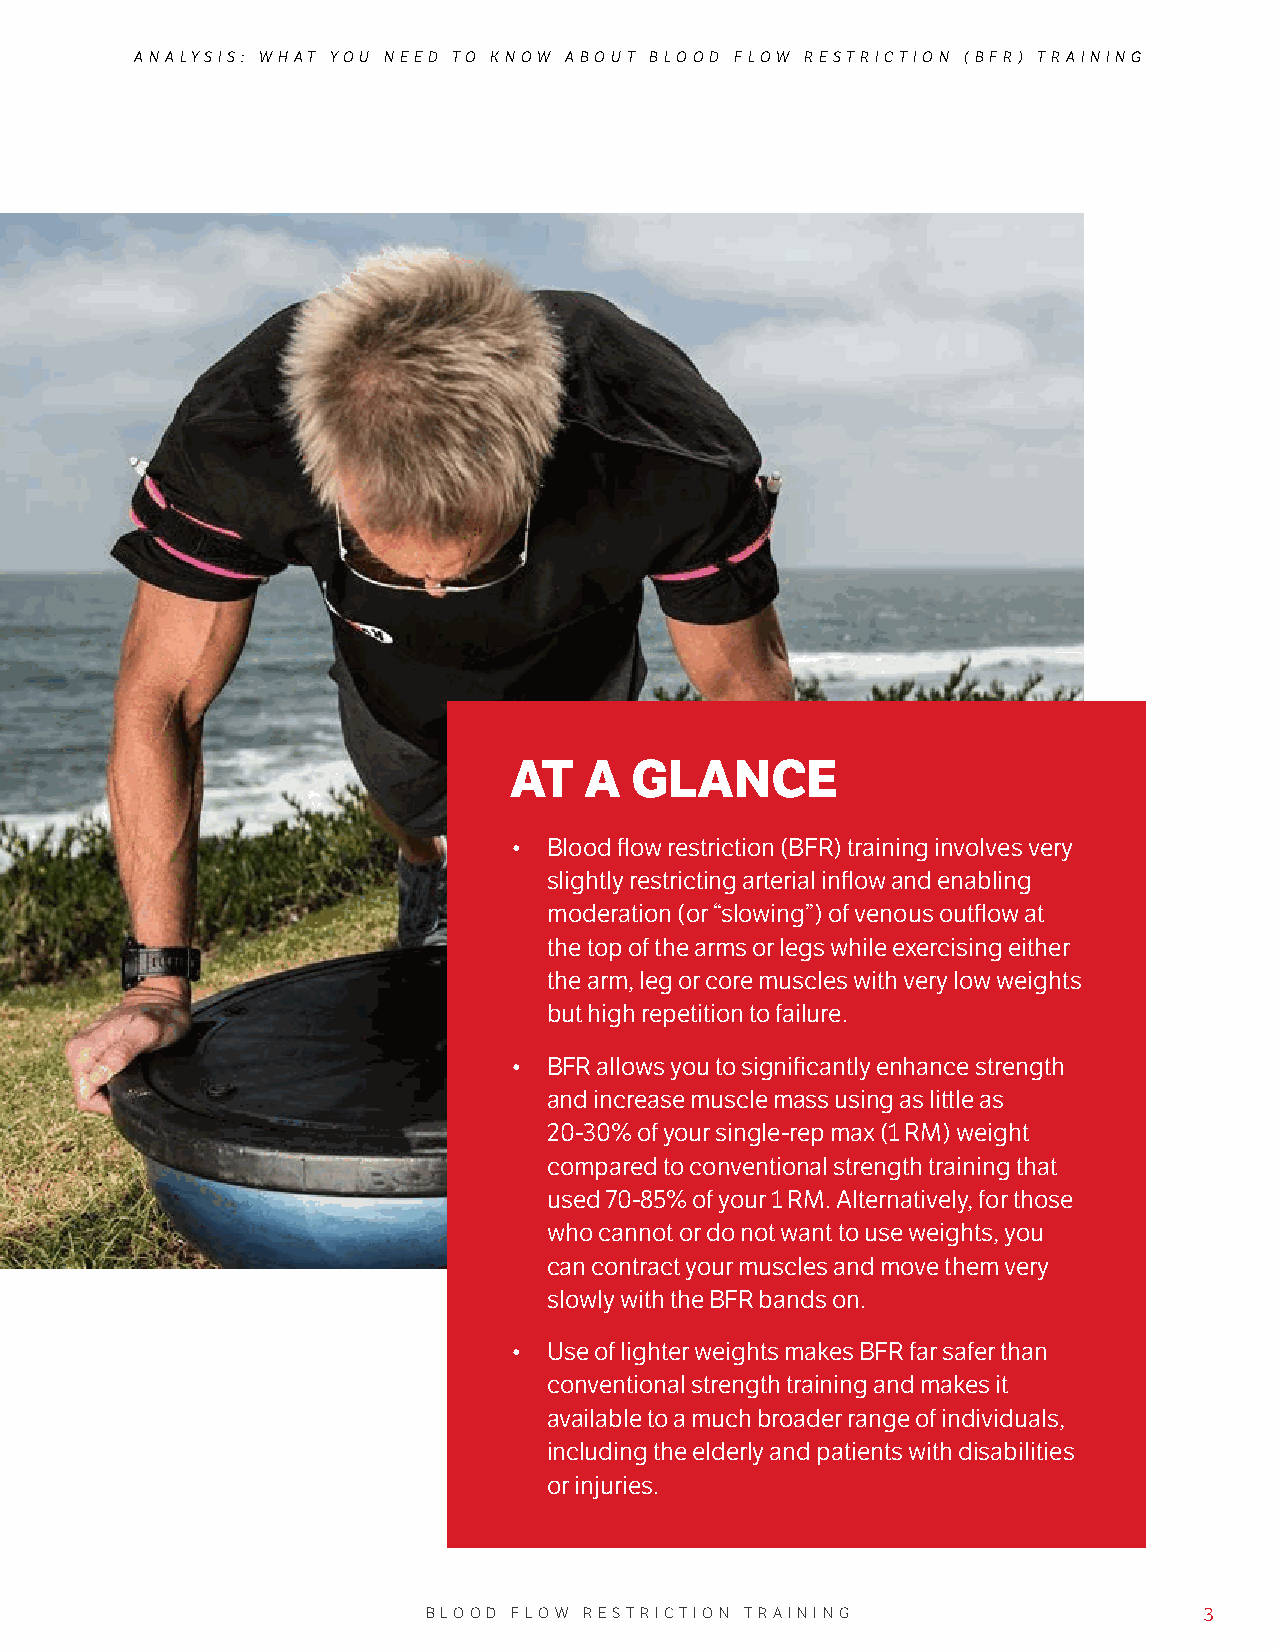
ANALYSIS: WHAT YOU NEED TO KNOW ABOUT BLOOD FLOW RESTRICTION (BFR) TRAINING
 AT   A  GLANCE
 • Blood flow restriction (BFR) training involves very
 slightly restricting arterial inflow and enabling
 moderation (or “slowing”) of venous outflow at
 the top of the arms or legs while exercising either
 the arm, leg or core muscles with very low weights
 but high repetition to failure.
 • BFR allows you to significantly enhance strength
 and increase muscle mass using as little as
 20-30% of your single-rep max (1 RM) weight
 compared to conventional strength training that
 used 70-85% of your 1 RM. Alternatively, for those
 who cannot or do not want to use weights, you
 can contract your muscles and move them very
 slowly with the BFR bands on.
 • Use of lighter weights makes BFR far safer than
 conventional strength training and makes it
 available to a much broader range of individuals,
 including the elderly and patients with disabilities
 or injuries.
 BLOOD FLOW RESTRICTION TRAINING                     3